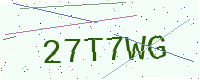
Text: 27T7WG